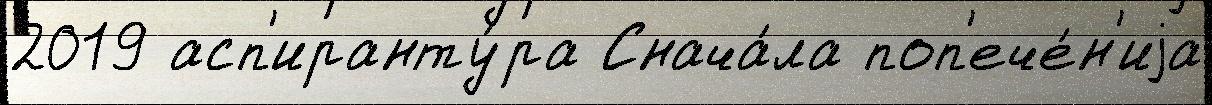
2019 асп'иранту́ра Снача́ла поп'ече́н'иjа